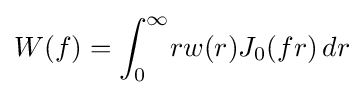
W(f)=\int _{0}^{\infty }\!rw(r)J_{0}(fr)\,dr